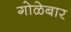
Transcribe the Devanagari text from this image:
गोळेबार